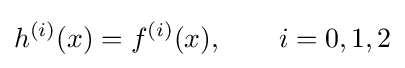
h^{(i)}(x)=f^{(i)}(x),\qquad i=0,1,2